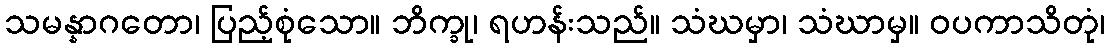
သမန္နာဂတော၊ ပြည့်စုံသော။ ဘိက္ခု၊ ရဟန်းသည်။ သံဃမှာ၊ သံဃာမှ။ ဝပကာသိတုံ၊